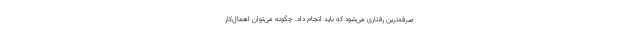
صرفه‌ترین رفتاری می‌شود که باید انجام داد. چگونه می‌توان اهمال‌کار